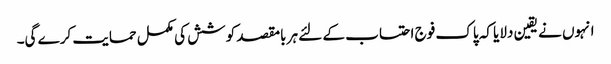
انہوں نے یقین دلایا کہ پاک فوج احتساب کے لئے ہر بامقصد کوشش کی مکمل حمایت کرے گی۔